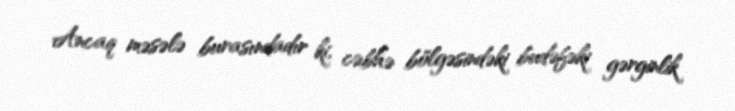
Ancaq məsələ burasındadır ki, cəbhə bölgəsindəki budəfəki gərginlik